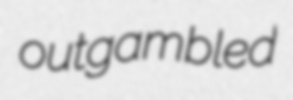
outgambled